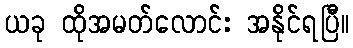
ယခု ထိုအမတ်လောင်း အနိုင်ရပြီ။